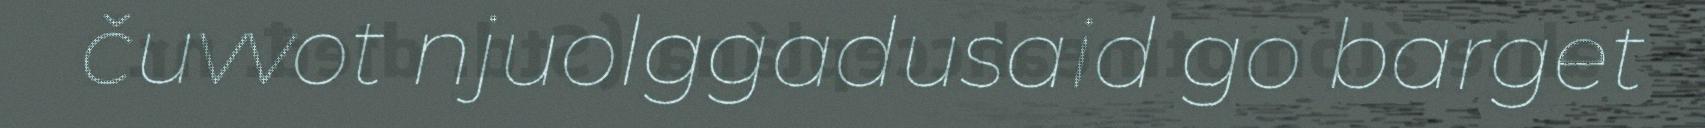
čuvvot njuolggadusaid go barget